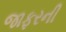
જાફરની